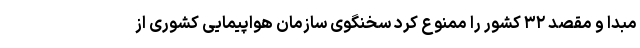
مبدا و مقصد ۳۲ کشور را ممنوع کرد سخنگوی سازمان هواپیمایی کشوری از